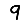
Digit: 9